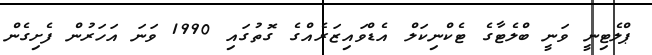
ޕްލެޓިނީ ވަނީ ބްލެޓާގެ ޓެކްނިކަލް އެޑްވައިޒަރެއްގެ ގޮތުގައި 1990 ވަނަ އަހަރުން ފެށިގެން